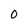
Character: O